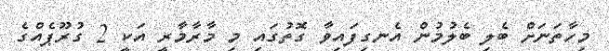
މިހާތަނަށް ބެލި ބެލުމުން އެނގިފައިވާ ގޮތުގައި މި މާރާމާރީ އަކީ 2 ގުރޫޕެއްގެ